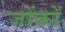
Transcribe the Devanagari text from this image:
जोंकों